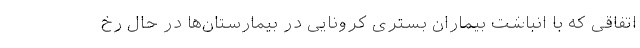
اتفاقی که با انباشت بیماران بستری کرونایی در بیمارستان‌ها در حال رخ